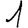
Digit: 1